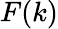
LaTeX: F(k)